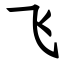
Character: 飞